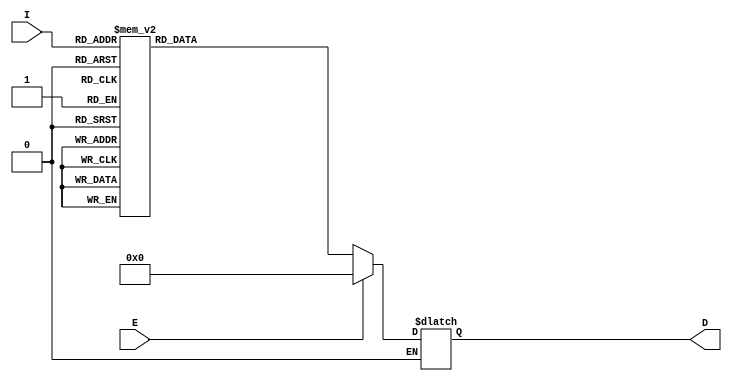
module BF_decoder_3_bit(output reg [7:0]D, input [2:0]I, input E);

always @ (I or E)
begin
	if(E == 1'b0)
		case(I)
			3'b000 : D = 8'b00000001;
			3'b001 : D = 8'b00000010;
			3'b010 : D = 8'b00000100;
			3'b011 : D = 8'b00001000;
			3'b100 : D = 8'b00010000;
			3'b101 : D = 8'b00100000;
			3'b110 : D = 8'b01000000;
			3'b111 : D = 8'b10000000;
		endcase
	else if(E == 1'b1)
		D = 8'b00000000;
end

endmodule